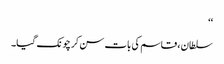
‘‘
سلطان ، قاسم کی بات سن کر چونک گیا۔